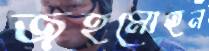
জহমোহন